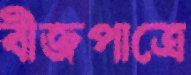
বীজপাত্রে